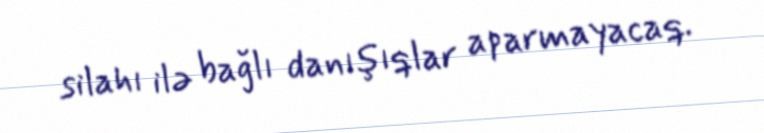
silahı ilə bağlı danışıqlar aparmayacaq.